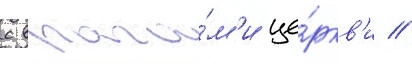
с врага́м'и це́ркв'и //